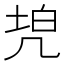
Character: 𠙓